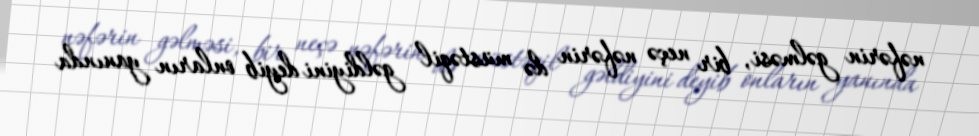
nəfərin gəlməsi, bir neçə nəfərin də müstəqil gəldiyini deyib onların yanında